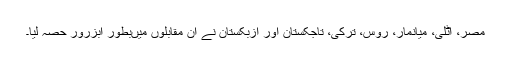
مصر، اٹلی، میانمار، روس، ترکی، تاجکستان اور ازبکستان نے ان مقابلوں میںبطور ابزرور حصہ لیا۔